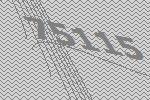
75115